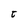
Character: t